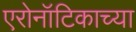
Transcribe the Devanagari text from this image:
एरोनॉटिकाच्या